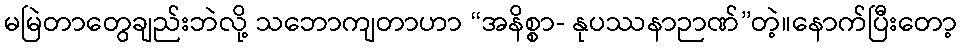
မမြဲတာတွေချည်းဘဲလို့ သဘောကျတာဟာ “အနိစ္စာ- နုပဿနာဉာဏ်”တဲ့။နောက်ပြီးတော့